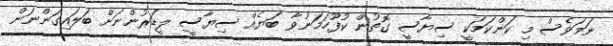
ނަމަވެސް މި ކަންކަމަކީ ސިޔާސީ ގޮތުން ކުފޫހަމަނުވާ ބަޔެއް ސިޔާސީ ލީޑަރުންނަށް ބަލައިގަންނަން